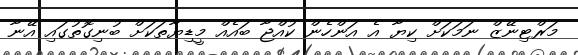
މަރްޓިނޭޒް ނަމަކަށް ކިޔާ އެ އަންހެން ކުއްޖާ ބައެއް މީީޑިޔާތަކަށް ބުނިގޮތުގައި އޭނާ